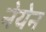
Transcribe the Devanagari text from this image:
नेयेन